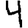
Digit: 4